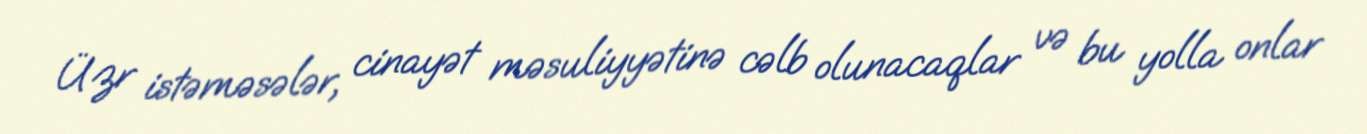
Üzr istəməsələr, cinayət məsuliyyətinə cəlb olunacaqlar və bu yolla onlar